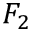
F _ { 2 }